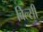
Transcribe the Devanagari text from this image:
बिल्‍सी